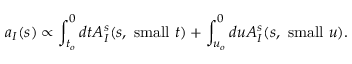
a _ { I } ( s ) \propto \int _ { t _ { o } } ^ { 0 } d t A _ { I } ^ { s } ( s , \ \mathrm { s m a l l } \ t ) + \int _ { u _ { o } } ^ { 0 } d u A _ { I } ^ { s } ( s , \ \mathrm { s m a l l } \ u ) .